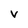
Character: V